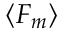
\langle F _ { m } \rangle